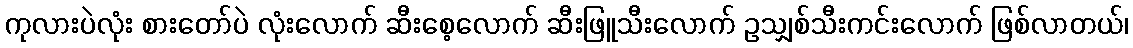
ကုလားပဲလုံး စားတော်ပဲ လုံးလောက် ဆီးစေ့လောက် ဆီးဖြူသီးလောက် ဥသျှစ်သီးကင်းလောက် ဖြစ်လာတယ်၊